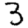
Digit: 3